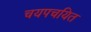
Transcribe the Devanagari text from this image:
चयपचयित